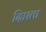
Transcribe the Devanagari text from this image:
दिप्तता